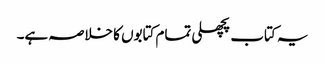
یہ کتاب پچھلی تمام کتابوں کا خلاصہ ہے۔